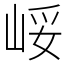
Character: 㟎